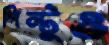
পিন্টুও